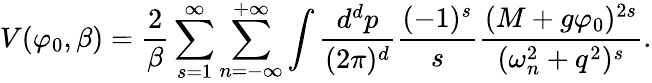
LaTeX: V(\varphi_{0},\beta)=\frac{2}{\beta}\sum_{s=1}^{\infty}\sum_{n=-\infty}^{+\infty}\int\frac{d^{d}p}{(2\pi)^{d}}\frac{(-1)^{s}}{s}\frac{(M+g\varphi_{0})^{2s}}{(\omega_{n}^{2}+q^{2})^{s}}.